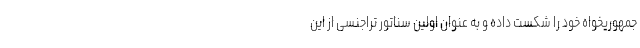
جمهوریخواه خود را شکست داده و به عنوان اولین سناتور تراجنسی از این